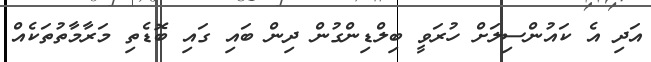
އަދި އެ ކައުންސިލަށް ހުރަވީ ބިލްޑިންގުން ދިން ބައި ގައި ބޮޑެތި މަރާމާތުތަކެއް